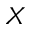
X